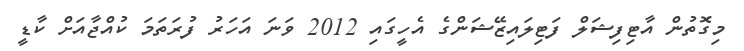
މިގޮތުން އާޓިފިޝަލް ފަޓިލައިޒޭޝަންގެ އެހީގައި 2012 ވަނަ އަހަރު ފުރަތަމަ ކުއްޖާއަށް ކާޑީ